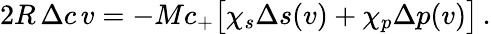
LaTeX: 2R\, \Delta c\, v=-Mc_{+}\big[\chi_{s}\Delta s(v)+\chi_{p}\Delta p(v)\big]\, .